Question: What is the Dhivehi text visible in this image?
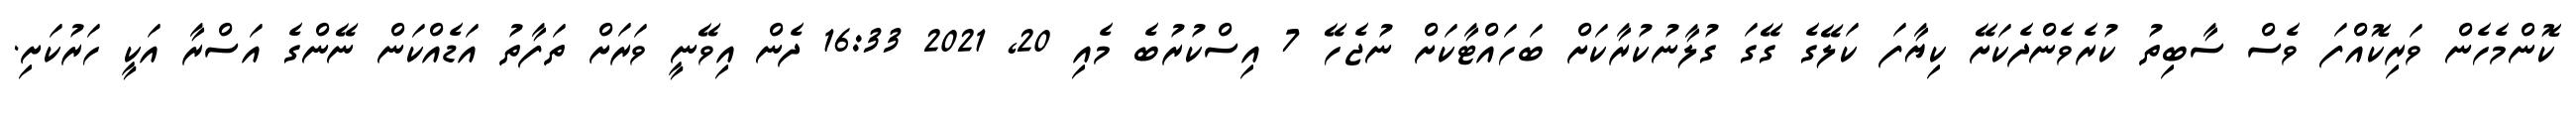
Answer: ކޮންމެހެން ވަރިކޮއްފަ ވެސް ސާބިތު ކުރެވެންދެކަށޭ ކިޔާފަ ކަލޭގެ ގޭގަ ގުލާނުކުރާކަށް ބަހައްޓާކަށް ނުޖެހޭ 7 އިސްކުރުބެ މެއި 20, 2021 16:33 ދެން އިވޭނީ ވަރަށް ތަފާތު އަޑެއްކަން ނޭންގެ އަސްރާ އަކީ ހަރުކަށި.